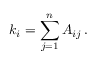
k _ { i } = \sum _ { j = 1 } ^ { n } A _ { i j } \, .